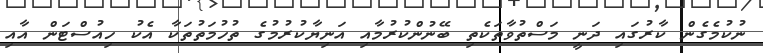
ނުކުމެގެން ކާރުގައި ދަނީ މަސްތުވާތަކެތި ބޭނުންކުރުމާއި އަނިޔާކުރުމުގެ ތުހުމަތުތަކާ އެކު ހިއުސްޓަން އާއި